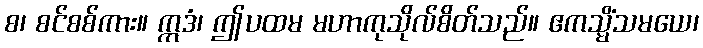
စ၊ စင်စစ်ကား။ ဣဒံ၊ ဤပထမ မဟာကုသိုလ်စိတ်သည်။ ဧကသ္မိံသမယေ၊